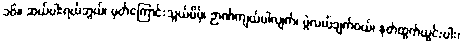
၁၆။ ဆယ်ပါးရယ်ဘွယ်၊ မှတ်ကြောင်းသွယ်ပိမ့်၊ ဉာဏ်ကျယ်ပါလျက်၊ ပွဲလယ်ချက်ဝယ်၊ နုတ်ထွက်ယွင်းပါး၊